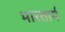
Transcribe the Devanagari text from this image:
भारतार्य